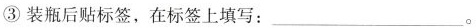
③装瓶后贴标签，在标签上填写：___。